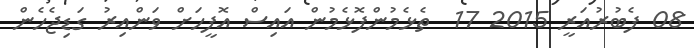
08 ފެބުރުއަރީ 2015 17  ތެޅެމުންފޮޅެމުން އައިސް އޮފީހަށް ވަންއިރު ގަޑިޖެހެން